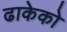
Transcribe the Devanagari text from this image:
ढाकेको